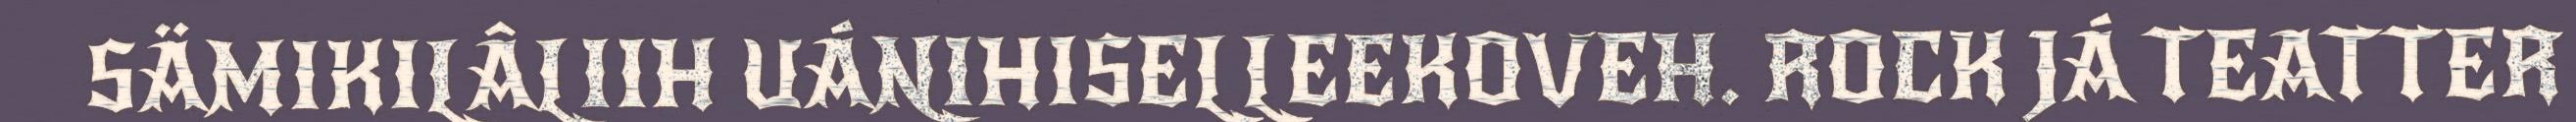
SÄMIKILÂLIIH UÁNIHISELLEEKOVEH. ROCK JÁ TEATTER